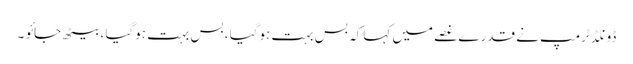
ڈونلڈ ٹرمپ نے قدرے غصے میں کہا کہ بس بہت ہوگیا ، بس بہت ہوگیا ، بیٹھ جائو ۔